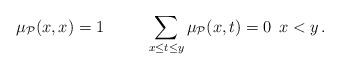
LaTeX: \begin{align*}\mu_{\mathcal{P}}(x,x)=1\; \quad\quad\; \sum\limits_{x\leq t\leq y}{\mu_{\mathcal{P}}(x,t)}=0 \;\, x<y\,.\end{align*}